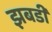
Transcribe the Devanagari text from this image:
झबडी